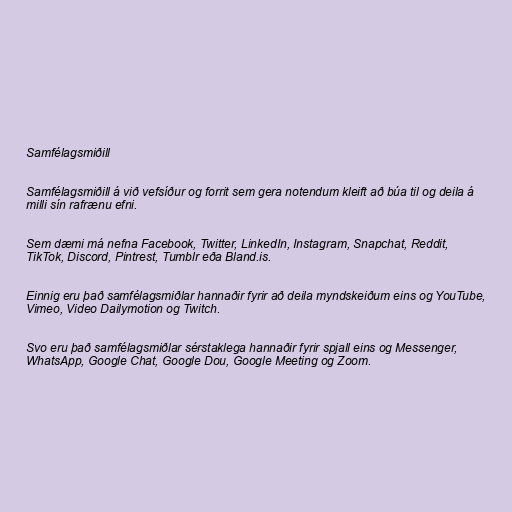
Samfélagsmiðill

Samfélagsmiðill á við vefsíður og forrit sem gera notendum kleift að búa til og deila á
milli sín rafrænu efni.

Sem dæmi má nefna Facebook, Twitter, LinkedIn, Instagram, Snapchat, Reddit,
TikTok, Discord, Pintrest, Tumblr eða Bland.is.

Einnig eru það samfélagsmiðlar hannaðir fyrir að deila myndskeiðum eins og YouTube,
Vimeo, Video Dailymotion og Twitch.

Svo eru það samfélagsmiðlar sérstaklega hannaðir fyrir spjall eins og Messenger,
WhatsApp, Google Chat, Google Dou, Google Meeting og Zoom.